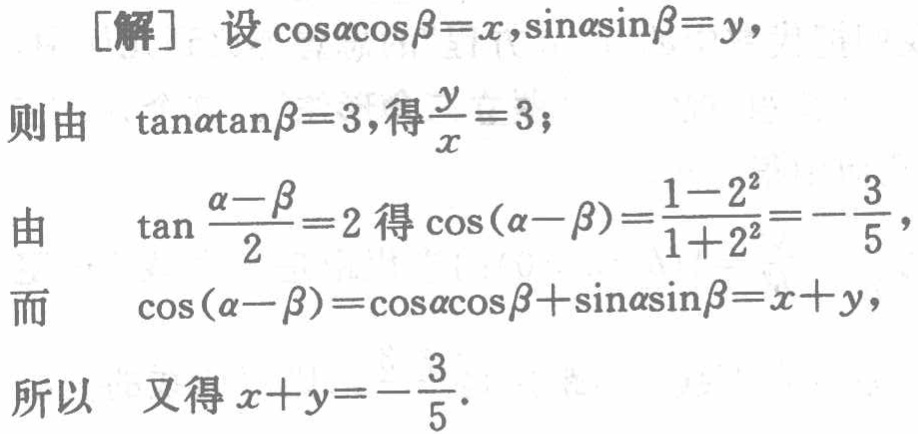
[解] 设\(\cos\alpha\cos\beta = x,\sin\alpha\sin\beta = y\)，

则由 \(\tan\alpha\tan\beta = 3\)，得\(\frac{y}{x}=3\)；

由 \(\tan\frac{\alpha - \beta}{2}=2\) 得 \(\cos(\alpha - \beta)=\frac{1 - 2^{2}}{1 + 2^{2}}=-\frac{3}{5}\)，

而 \(\cos(\alpha - \beta)=\cos\alpha\cos\beta+\sin\alpha\sin\beta=x + y\)，

所以 又得 \(x + y=-\frac{3}{5}\)．